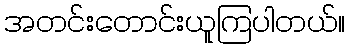
အတင်းတောင်းယူကြပါတယ်။